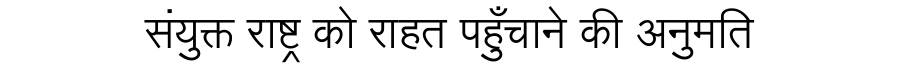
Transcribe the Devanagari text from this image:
संयुक्त राष्ट्र को राहत पहुँचाने की अनुमति